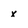
Character: x